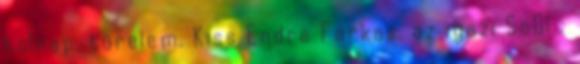
holnap. türelem. Kiss Endre Farkas, az igazi SoDI :